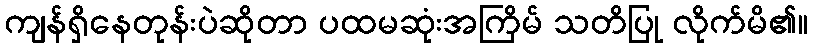
ကျန်ရှိနေတုန်းပဲဆိုတာ ပထမဆုံးအကြိမ် သတိပြု လိုက်မိ၏။